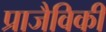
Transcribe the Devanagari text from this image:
प्राजैविकी